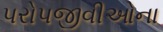
પરોપજીવીઓના